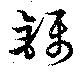
鑷